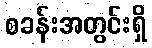
စခန်းအတွင်းရှိ